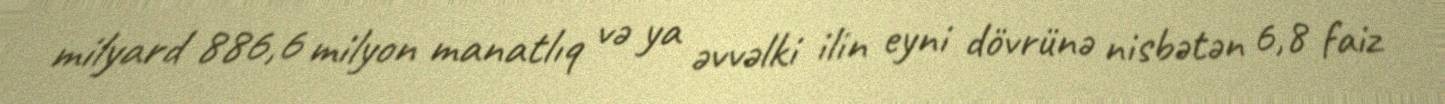
milyard 886,6 milyon manatlıq və ya əvvəlki ilin eyni dövrünə nisbətən 6,8 faiz